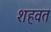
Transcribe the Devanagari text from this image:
शहवत